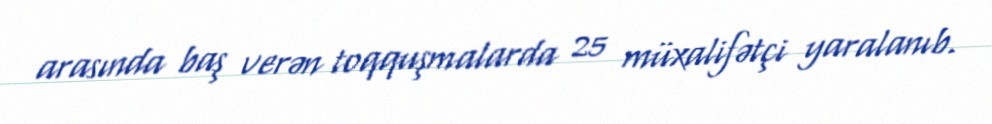
arasında baş verən toqquşmalarda 25 müxalifətçi yaralanıb.